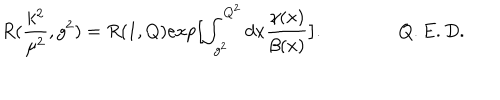
LaTeX: R ( \frac { k ^ { 2 } } { \mu ^ { 2 } } , g ^ { 2 } ) = R ( 1 , Q ) e x p \bigl [ \int _ { g ^ { 2 } } ^ { Q ^ { 2 } } d x \frac { \gamma ( x ) } { \beta ( x ) } \bigr ] . \qquad \qquad Q . E . D .